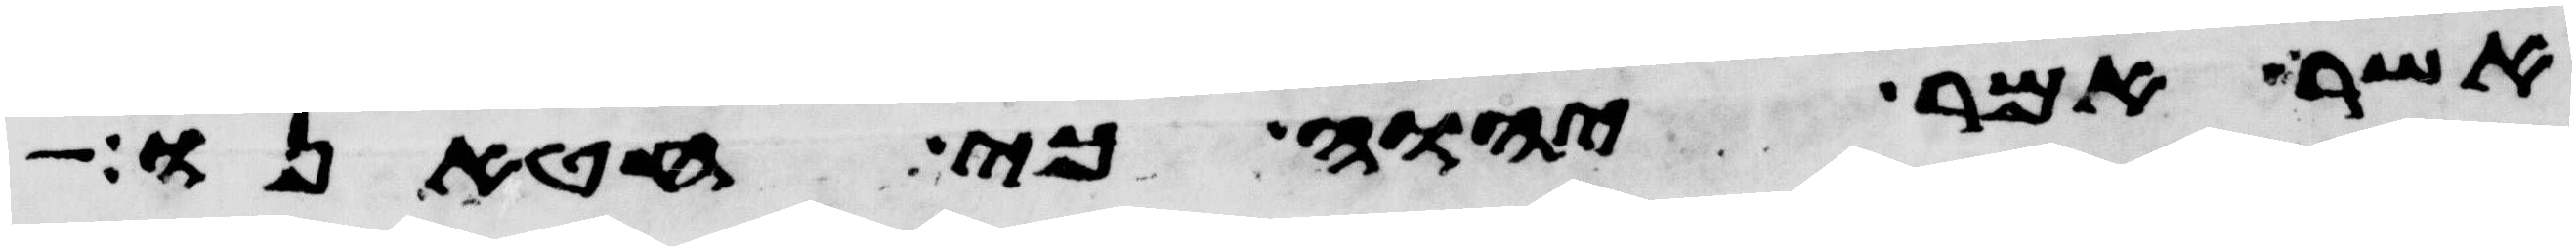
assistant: אשר אמר יהוה כי חטאנו